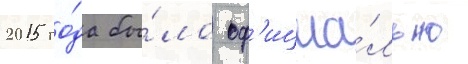
2015 го́да бы́ло оф'ициа́льно